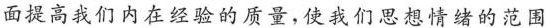
面提高我们内在经验的质量，使我们思想情绪的范围